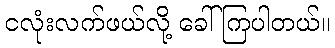
ငလုံးလက်ဖယ်လို့ ခေါ်ကြပါတယ်။